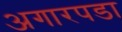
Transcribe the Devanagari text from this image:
अगारपडा